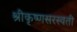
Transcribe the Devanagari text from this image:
श्रीकृष्णसरस्वती